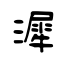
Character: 漽